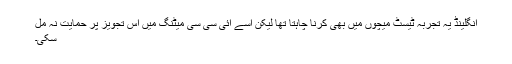
انگلینڈ یہ تجربہ ٹیسٹ میچوں میں بھی کرنا چاہتا تھا لیکن اسے آئی سی سی میٹنگ میں اس تجویز پر حمایت نہ مل
سکی۔